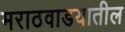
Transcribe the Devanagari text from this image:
मराठवाडयातील